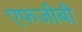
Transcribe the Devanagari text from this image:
एफजीबी